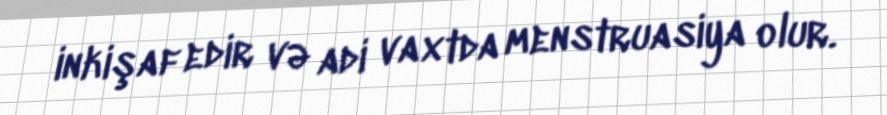
inkişaf edir və adi vaxtda menstruasiya olur.